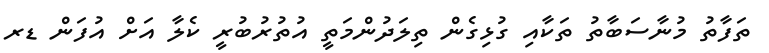
ތަފާތު މުނާސަބާތު ތަކާއި ގުޅިގެން ތިލަދުންމަތީ އުތުރުބުރީ ކެލާ އަށް އުފަން ޑރ